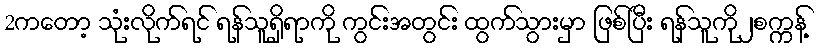
2ကတော့ သုံးလိုက်ရင် ရန်သူရှိရာကို ကွင်းအတွင်း ထွက်သွားမှာ ဖြစ်ပြီး ရန်သူကို၂စက္ကန့်